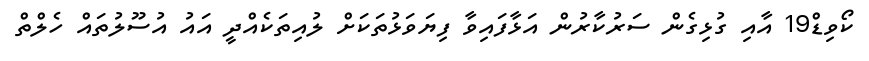
ކޯވިޑް19 އާއި ގުޅިގެން ސަރުކާރުން އަޅާފައިވާ ފިޔަވަޅުތަކަށް ލުއިތަކެއްދީ އައު އުސޫލުތައް ހެލްތް